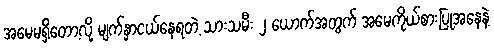
အမေမရှိတော့လို့ မျက်နှာငယ်နေရတဲ့ သားသမီး ၂ ယောက်အတွက် အမေကိုယ်စားပြုအနေနဲ့